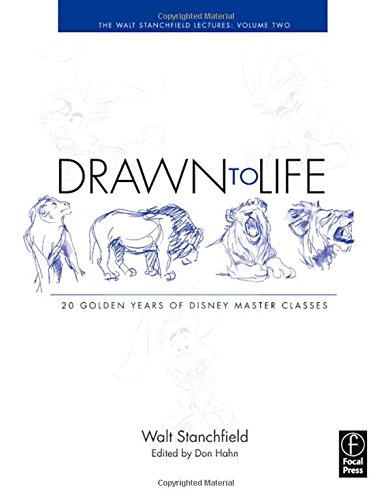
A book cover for Drawn to Life: 20 Golden Years of Disney Master Classes: Volume 2: The Walt Stanchfield Lectures; Walt Stanchfield; Comics & Graphic Novels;